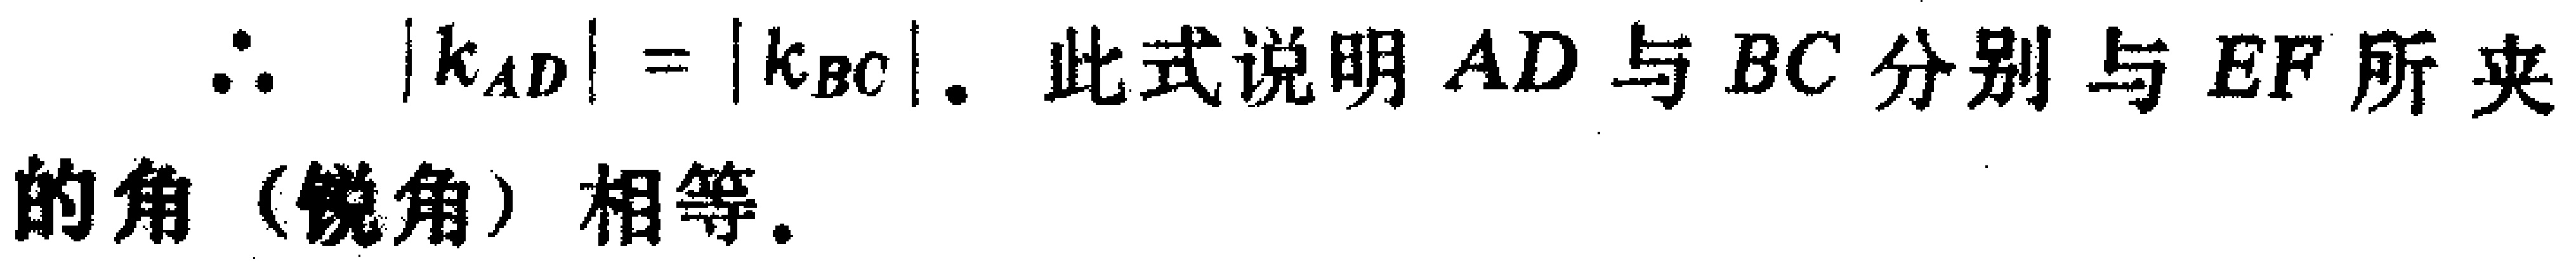
\(\therefore |k_{AD}| = |k_{BC}|.\) 此式说明 \(AD\) 与 \(BC\) 分别与 \(EF\) 所夹的角（锐角）相等.